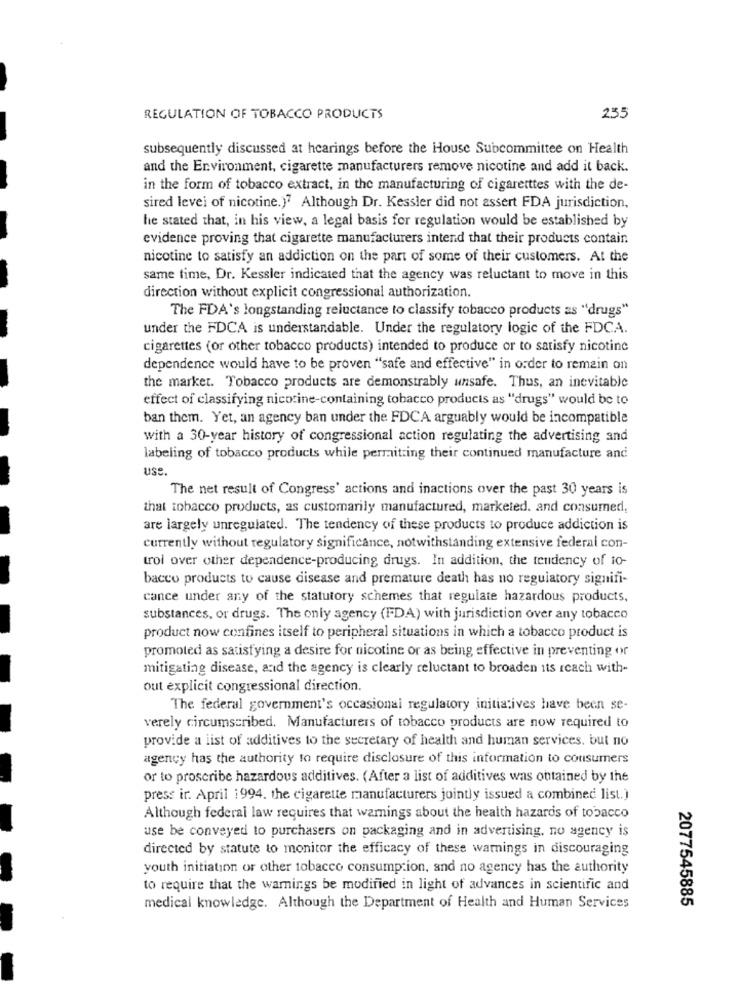
REGULATION OF TOBACCO PRODUCTS
235
subsequently discussed at hearings before the House Subcommittee on Health
and the Environment, cigarette manufacturers remove nicotine and add it back.
in the form of tobacco extract, in the manufacturing of cigaretttes with the de-
sired levei of nicotine.)7 Although Dr. Kessler did not assert FDA jurisdiction,
he stated that, in his view, a legal basis for regulation would be established by
evidence proving that cigarette manufacturers intend that their products contain
nicotine to satisfy an addiction on the part of some of their customers. At the
same time, Dr. Kessler indicated that the agency was reluctant to move in this
direction without explicit congressional authorization.
The FDA's longstanding reluctance to classify tobacco products as "drugs"
under the FDCA is understandable. Under the regulatory logic of the FDCA.
cigarettes (or other tobacco products) intended to produce or to satisfy nicotine
dependence would have to be proven ""safe and effective" in order to remain on
the market. Tobacco products are demonstrably unsafe. Thus, an inevitable
effect of classifying nicotine-containing tobacco products as "drugs" would be to
ban them. Yet, an agency ban under the FDCA arguably would be incompatible
with a 30-year history of congressional action regulating the advertising and
labeling of tobacco products while permitting their continued manufacture and
use.
The net result of Congress' actions and inactions over the past 30 years is
that tobacco products, as customarily manufactured, marketed. and consumed,
are largely unregulated. The tendency of these products to produce addiction is
currently without regulatory significance, notwithstanding extensive federal con-
trol over other dependence-producing drugs. In addition, the tendency of to-
bacco products to cause disease and premature death has no regulatory signifi-
cance under any of the statutory schemes that regulate hazardous products,
substances, or drugs. The only agency (FDA) with jurisdiction over any tobacco
product now confines itself to peripheral situations in which a tobacco product is
promoted as satisfying a desire for nicotine or as being effective in preventing or
mitigating disease, and the agency is clearly reluctant to broaden its reach with-
out explicit congressional direction.
The federal government's occasional regulatory initiatives have been se-
verely circumscribed. Manufacturers of tobacco products are now required to
provide a list of additives to the secretary of health and human services, but no
agency has the authority to require disclosure of this information to consumers
or to proscribe hazardous additives. (After a list of additives was obtained by the
press ir. April 1994. the cigarette manufacturers jointly issued a combined list.)
Although federal law requires that warnings about the health hazards of tobacco
use be conveyed to purchasers on packaging and in advertising, no agency is
directed by statute to monitor the efficacy of these warnings in discouraging
youth initiation or other tobacco consumption, and no agency has the authority
to require that the warnings be modified in light of advances in scientific and
medical knowledge. Although the Department of Health and Human Services
2077545885